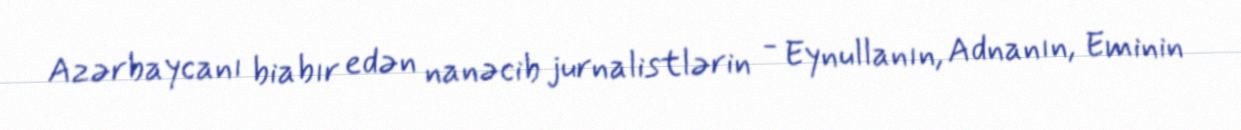
Azərbaycanı biabır edən nanəcib jurnalistlərin - Eynullanın, Adnanın, Eminin